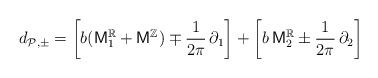
LaTeX: \begin{align*}d_{\mathcal{P},\pm}=\left[b (\mathsf{M}^{\mathbb{R}}_{1} + \mathsf{M}^{\mathbb{Z}}) \mp \frac{1}{2\pi}\,\partial_{1} \right]+\left[ b\, \mathsf{M}^{\mathbb{R}}_{2} \pm \frac{1}{2\pi}\,\partial_{2} \right]\end{align*}